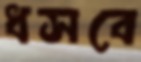
ধসবে